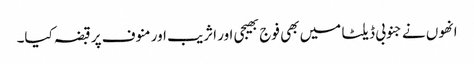
انھوں نے جنوبی ڈیلٹا میں بھی فوج بھیجی اور اثریب اور منوف پر قبضہ کیا۔